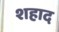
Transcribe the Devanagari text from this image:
शहाद